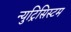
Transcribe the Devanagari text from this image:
न्युट्रिसिस्टम